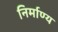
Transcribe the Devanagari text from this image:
निर्माण्य